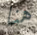
هنا